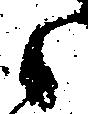
候